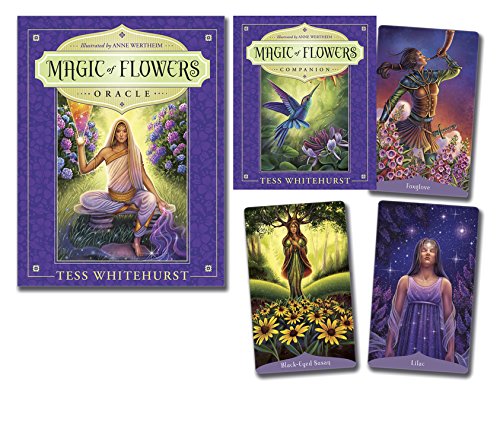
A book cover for Magic of Flowers Oracle; Tess Whitehurst; Religion & Spirituality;